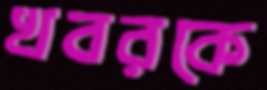
খবরকে